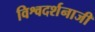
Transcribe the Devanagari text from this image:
विश्वदर्शनाजी